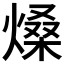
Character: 𤌧